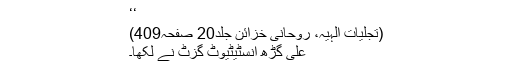
‘‘
(تجلیاتِ الٰہیہ، روحانی خزائن جلد20 صفحہ409)
علی گڑھ انسٹیٹیوٹ گزٹ نے لکھا۔